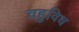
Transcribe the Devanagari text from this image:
वहुविध